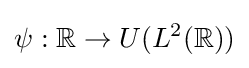
\psi :\mathbb {R} \rightarrow U(L^{2}(\mathbb {R} ))